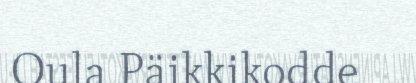
Oula Päikkikodde